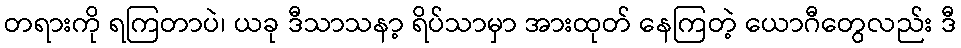
တရားကို ရကြတာပဲ၊ ယခု ဒီသာသနာ့ ရိပ်သာမှာ အားထုတ် နေကြတဲ့ ယောဂီတွေလည်း ဒီ